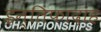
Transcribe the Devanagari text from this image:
इन्तिफादाह